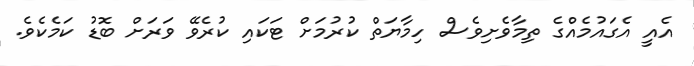
އެއީ އެގައުމެއްގެ ތިމާވެށިވެސް ހިމާޔަތް ކުރުމަށް ޓަކައި ކުރެވޭ ވަރަށް ބޮޑު ކަމެކެވެ.